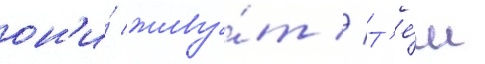
он'и́ живу́т // Т'е́м